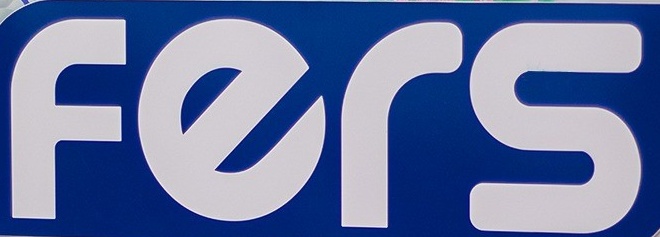
fers